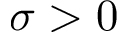
\sigma > 0